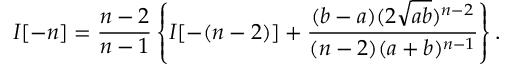
I [ - n ] = \frac { n - 2 } { n - 1 } \left\{ I [ - ( n - 2 ) ] + \frac { ( b - a ) ( 2 \sqrt { a b } ) ^ { n - 2 } } { ( n - 2 ) ( a + b ) ^ { n - 1 } } \right\} .